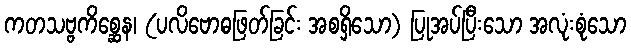
ကတသဗ္ဗကိစ္ဆေန၊ (ပလိဗောဓဖြတ်ခြင်း အစရှိသော) ပြုအပ်ပြီးသော အလုံးစုံသော